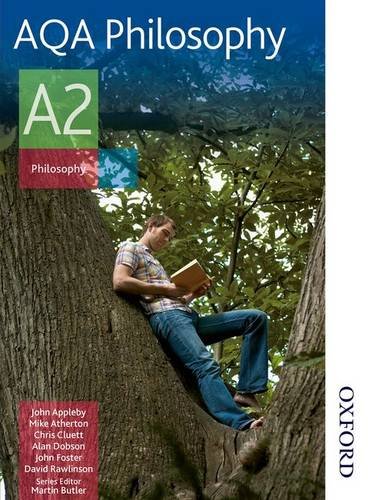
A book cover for AQA Philosophy A2; Chris Cluett; Teen & Young Adult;